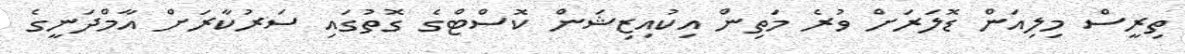
ތިރީސް މިލިއަން ޑޮލަރަށް ވުރެ މަތިން އިކުއިޒިޝަން ކޮސްޓްގެ ގޮތުގައި ސަރުކާރަށް އާމްދަނީގެ